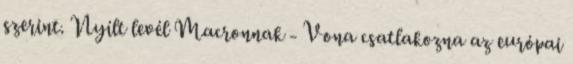
szerint. Nyílt levél Macronnak - Vona csatlakozna az európai